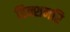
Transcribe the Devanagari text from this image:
डिक्शनरि